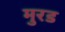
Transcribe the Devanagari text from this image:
मुरड